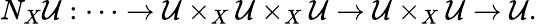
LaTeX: N_{X}{\mathcal{U}}:\dots\to{\mathcal{U}}\times_{X}{\mathcal{U}}\times_{X}{\mathcal{U}}\to{\mathcal{U}}\times_{X}{\mathcal{U}}\to{\mathcal{U}}.